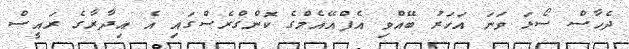
ދެހާސް ސޯޅަ ވަނަ އަހަރު ބޭއްވި އެފްއޭއެމްގެ ކޮންގްރެސްގައި އެ އިދާރާގެ ރައީސް